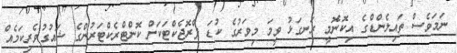
ނަމަވެސް ތައިލެންޑްގެ އިކޮނޮމީ ރަނގަޅު ވީމަ މިވަރުގެ ކުޑަ ޕްރޮޖެކްޓަކަށް ކޮންޓްރެކްޓަރުންގެ ޝައުގުވެރިކަމެއް